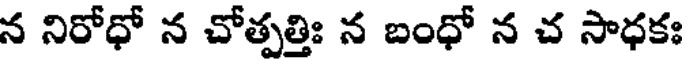
న నిరోధో న చోత్పత్తిః న బంధో న చ సాధకః